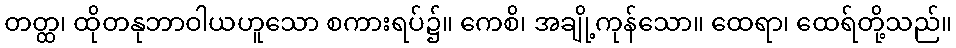
တတ္ထ၊ ထိုတနုဘာဝါယဟူသော စကားရပ်၌။ ကေစိ၊ အချို့ကုန်သော။ ထေရာ၊ ထေရ်တို့သည်။